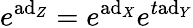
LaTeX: e^{\mathrm{ad}_{Z}}=e^{\mathrm{ad}_{X}}e^{t\mathrm{ad}_{Y}}